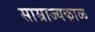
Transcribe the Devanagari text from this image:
साम्राज्यकाळ